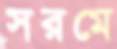
সরমে